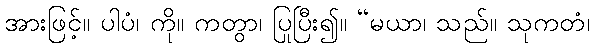
အားဖြင့်။ ပါပံ၊ ကို။ ကတွာ၊ ပြုပြီး၍။ “မယာ၊ သည်။ သုကတံ၊